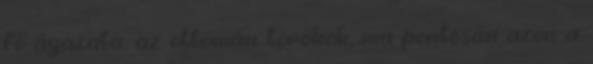
fő ágazata, az ottomán törökök, ma pontosan azon a